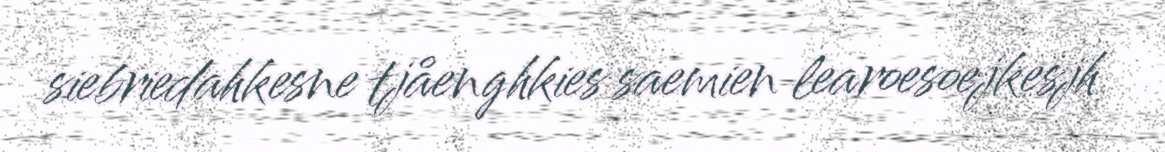
siebriedahkesne tjåenghkies saemien learoesoejkesjh